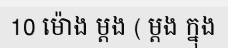
10 ម៉ោង ម្តង ( ម្តង ក្នុង